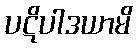
ပဋိပါဒယာမိ